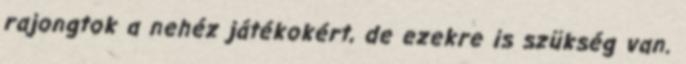
rajongtok a nehéz játékokért, de ezekre is szükség van.